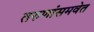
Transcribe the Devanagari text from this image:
तरुणांसमवेत